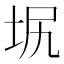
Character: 㘲